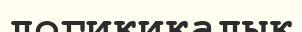
логикикалық